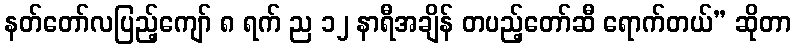
နတ်တော်လပြည့်ကျော် ၈ ရက် ည ၁၂ နာရီအချိန် တပည့်တော်ဆီ ရောက်တယ်” ဆိုတာ